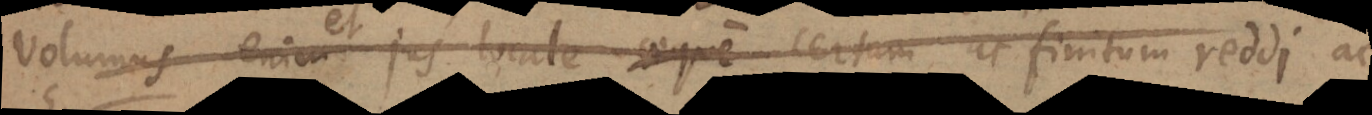
Volumus enim jus locale certum ac finitum reddi ac